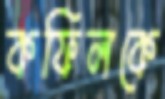
কফিলকে